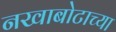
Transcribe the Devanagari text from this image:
नखाबोटाच्या